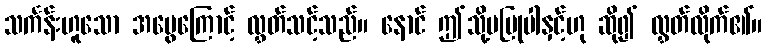
သင်္ကန်းဟူသော အမွေကြောင့် လွှတ်သင့်သည်။ နောင် ဤသို့မပြုပါနှင့်ဟု ဆို၍ လွှတ်လိုက်၏။